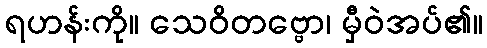
ရဟန်းကို။ သေဝိတဗ္ဗော၊ မှီဝဲအပ်၏။